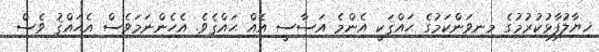
ޚިޔާލުފާޅުކުރުމުގެ މިނިވަންކަމުގެ ޙައްޤަކީ އެންމެ އަސާސީ އެއް ޙައްޤެވެ. އެހެންނަމަވެސް އެޙައްޤު ވެސް